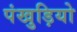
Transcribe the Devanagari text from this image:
पंखुड़ियो